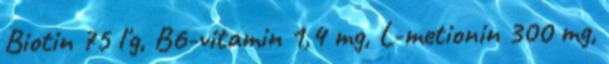
Biotin 75 ľg, B6-vitamin 1,4 mg, L-metionin 300 mg,